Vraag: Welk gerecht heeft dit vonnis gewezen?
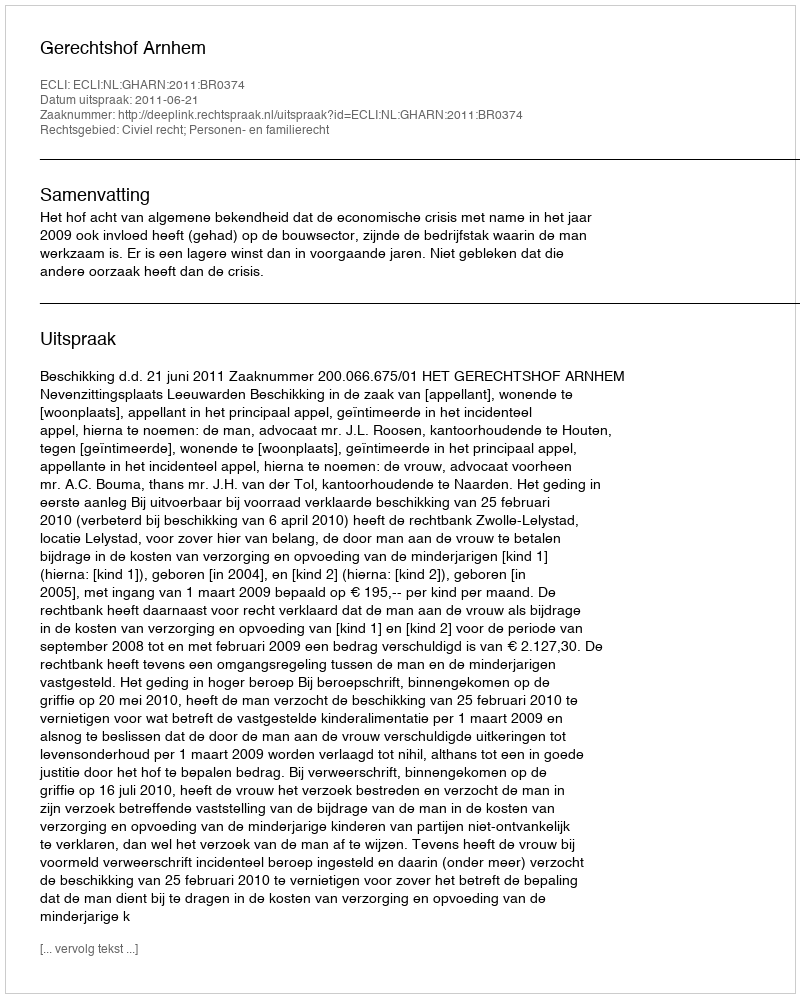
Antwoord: Gerechtshof Arnhem